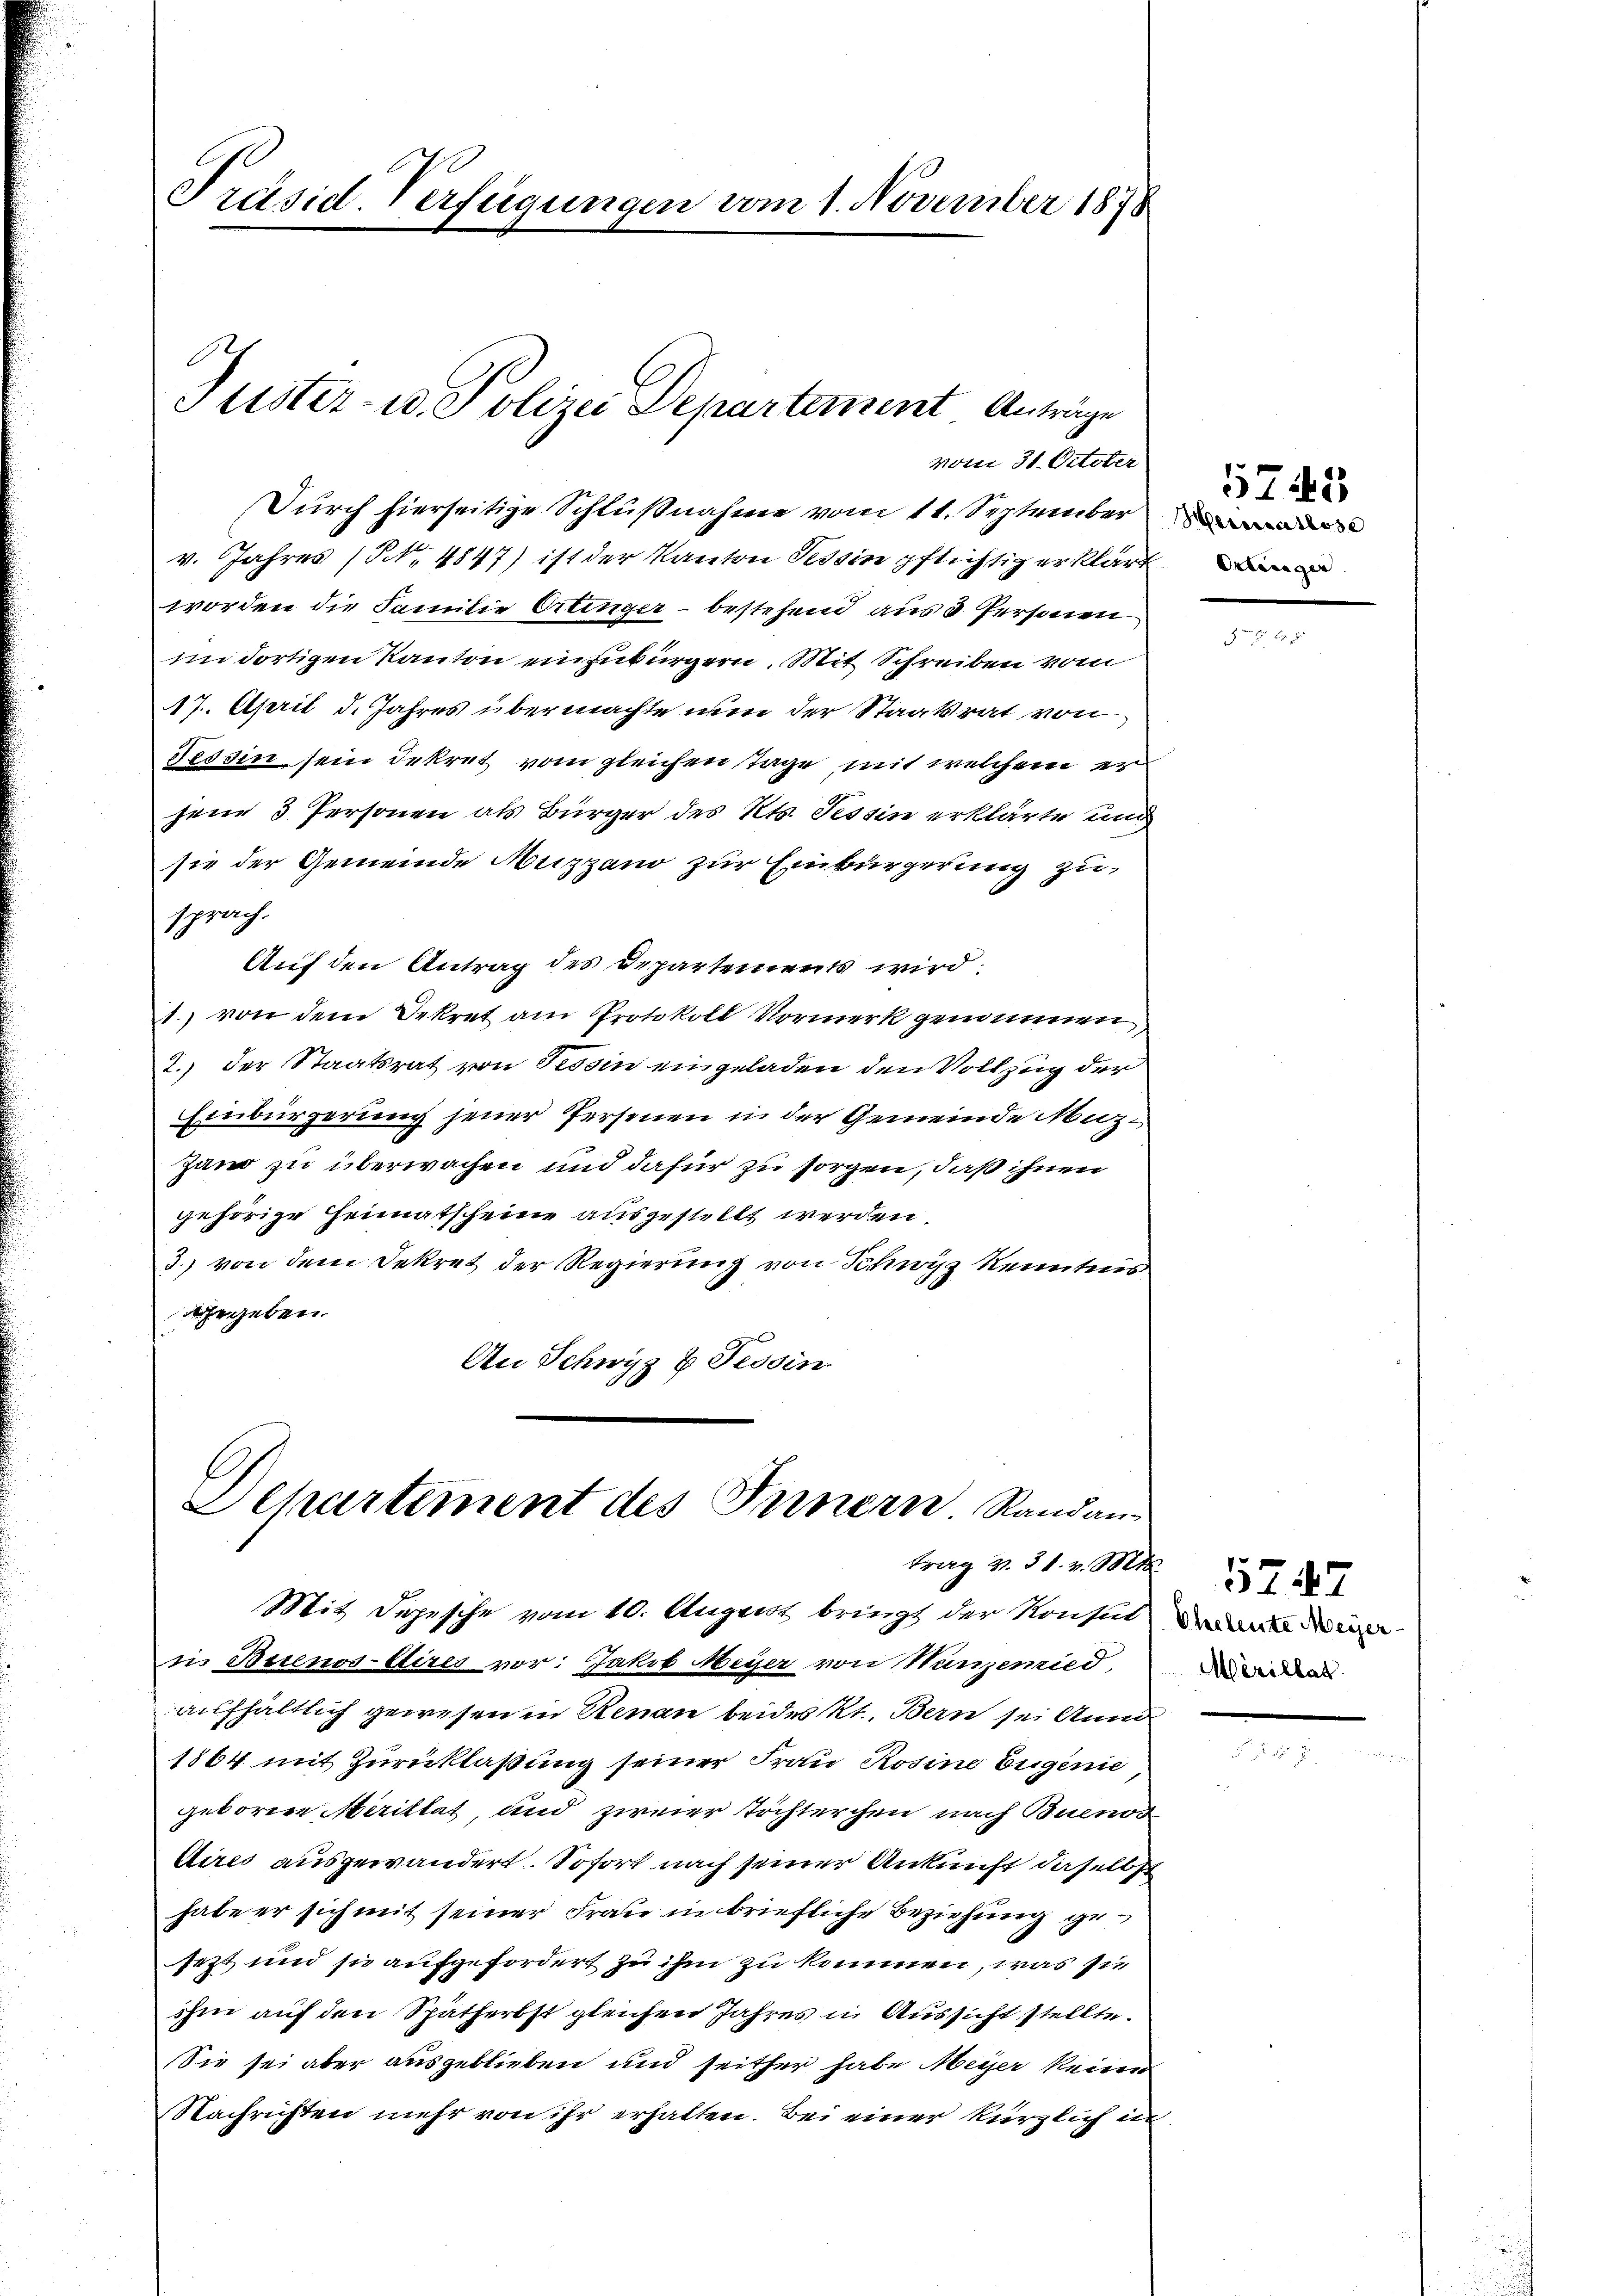
Präsid. Verfügungen vom 1. November 1878

E
Juster- u. Polizei Departement Anträge

Departement des Innern Randan
trag v. 31. v. Mt
Mit Sopische vom 10. August bringt der Konsul

vom 31. October

Durch hierseitige Schlußnahme vom 11. September
v. Jahres (NNo. 4847) ist der Kanton Tessin pflichtig erklärt
worden die Familie Ortinger – bestehend aus 3 Personen
mn dortigen Kanton einzubürgern. Mit Schreiben vom
17. April d. Jahres übermachte wie der Staatsrat von
Tessin sein Dekret vom gleichen Tage mit welchem er
jene 3 Personen als Bürger des Kts. Tessin erklärte und
sie der Gemeinde Nuzzano zur Einbürgerung zusprach.
Auf den Antrag des Departements wird.
1. von dem Dekret am Protokoll Vormerk genommen
2.) Der Staatsrat von Tessin eingeladen den Vollzug der
Einbürgerung jener Personen in der Gemeinde Muz¬
Hand zu überwachen und dafür zu sorgen, daß ihnen
gehörige Heimatscheine ausgestellt werden
3) von dem Dekret der Regierung von Schwyz kenntnis
gegeben.
An Schwyz z. Tessin

in Buenos-Aires vor: Jakob Meyer von Wanzemied,
aufhaltlich gewesen in Renau beides Kt. Bern sei Anna
1864 mit Zurücklaßung seiner Frau Rosine Eugenie
geboren Marillat, und zweier Tochterchen nach Buenos
Aires ausgewandert. Sofort nach seiner Ankunft daselbst
habe er sich mit seiner Frau in briefliche Beziehung gesezt und sie aufgefordert zu ihm zu kommen, was sie
ihm auf den Spätherbst gleichen Jahres in Aussicht stellte.
Sie sei aber ausgeblieben und seither habe Meyer keine
Nachrichten mehr von ihr erhalten. Bei einer kürzlich in

Meiceatlose

5745

Eheleute Meyer
Mérillat